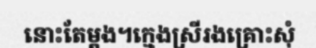
នោះតែម្តង។ក្មេងស្រីរងគ្រោះសុំ